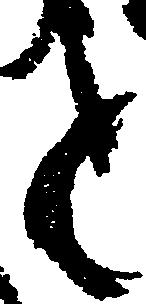
と